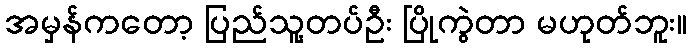
အမှန်ကတော့ ပြည်သူ့တပ်ဦး ပြိုကွဲတာ မဟုတ်ဘူး။